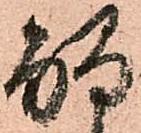
觸